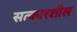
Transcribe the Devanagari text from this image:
सत्कारशील